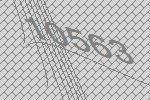
10563